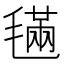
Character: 𣯩